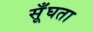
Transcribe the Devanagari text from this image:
सूँघता